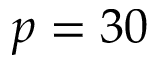
p = 3 0